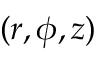
( r , \phi , z )